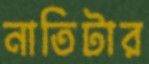
নাতিটার